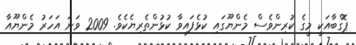
ޕޮގްބާއަކީ މީގެ ކުރިންވެސް މެންޔޫގައި ކުޅެފައިވާ ކުޅުންތެރިޔެކެވެ. 2009 ވަނަ އަހަރު މެންޔޫއާ